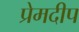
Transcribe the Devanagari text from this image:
प्रेमदीप